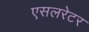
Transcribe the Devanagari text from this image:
एसलरेटर